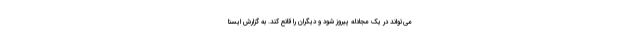
می‌تواند در یک مجادله پیروز شود و دیگران را قانع کند. به گزارش ایسنا